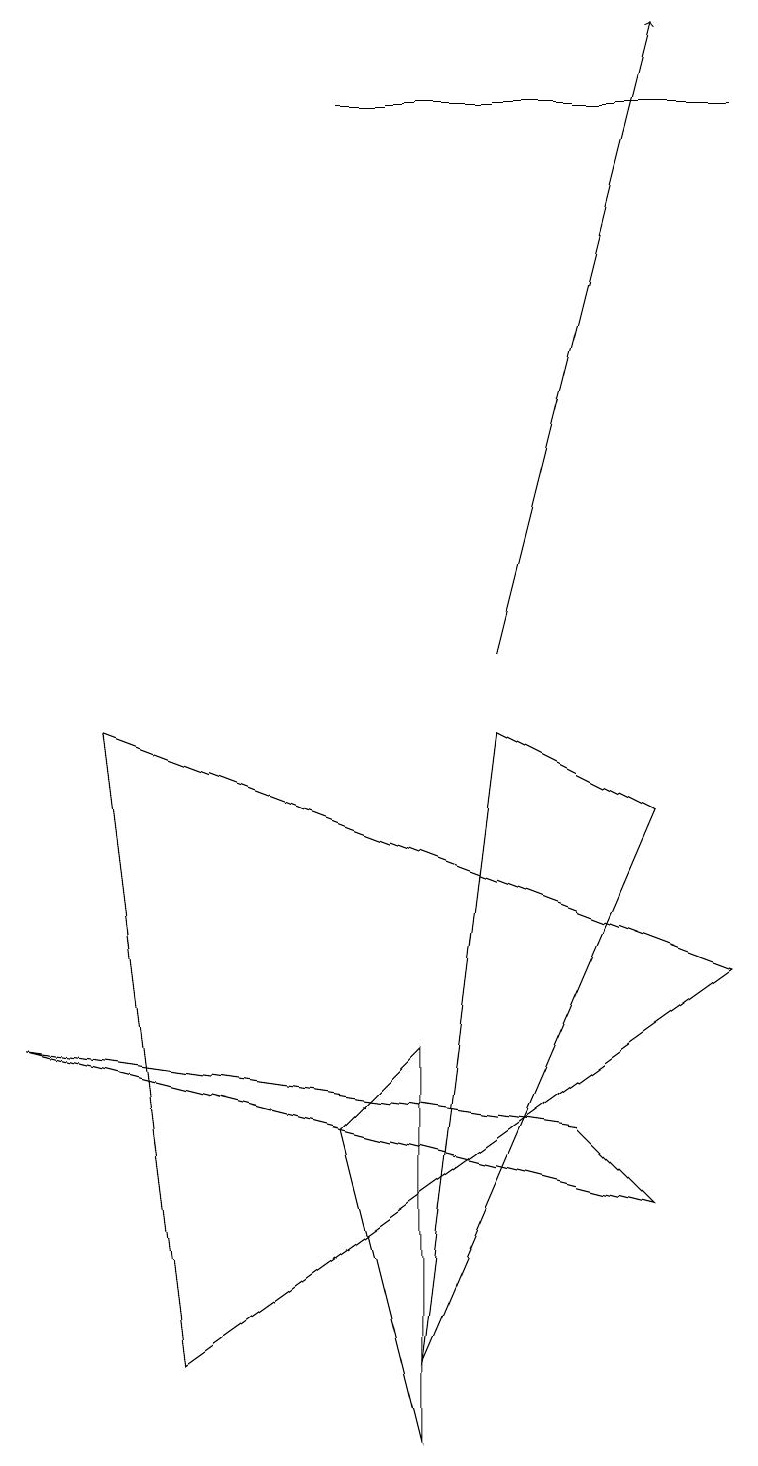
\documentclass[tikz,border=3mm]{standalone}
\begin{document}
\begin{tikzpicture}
\draw (8,8) -- (5,1) -- (6,9) -- cycle;
\draw (4,4) -- (5,0) -- (5,5) -- cycle;
\draw (2,1) -- (1,9) -- (9,6) -- cycle;
\draw (4,17) rectangle (9,17);
\draw[->] (6,10) -- (8,18);
\draw (0,5) -- (8,3) -- (7,4) -- cycle;
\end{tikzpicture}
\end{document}